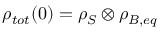
\rho _ { t o t } ( 0 ) = \rho _ { S } \otimes \rho _ { B , e q }